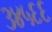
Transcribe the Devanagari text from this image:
३४५६६